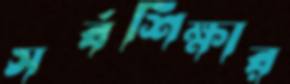
সর্বশিক্ষার